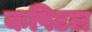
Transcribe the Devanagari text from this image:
कपिटल